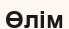
Өлім